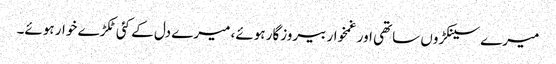
میرے سینکڑوں ساتھی اور غمخوار بیروزگار ہوئے، میرے دل کے کئی ٹکڑے خوار ہوئے۔